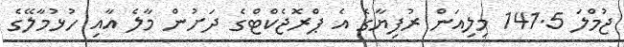
ޖުމްލަ 141.5 މިލިއަން ރުފިޔާގެ އެ ޕްރޮޖެކްޓްގެ ދަށުން މާލެ އާއި ހުޅުމާލޭގެ